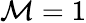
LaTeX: \mathcal{M}=1